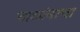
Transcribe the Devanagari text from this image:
बाळांनाचा